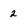
Character: 2